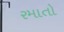
રમાતો